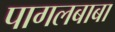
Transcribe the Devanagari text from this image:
पागलबाबा